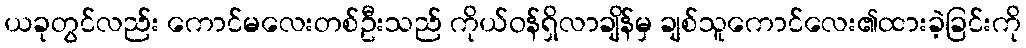
ယခုတွင်လည်း ကောင်မလေးတစ်ဦးသည် ကိုယ်ဝန်ရှိလာချိန်မှ ချစ်သူကောင်လေး၏ထားခဲ့ခြင်းကို